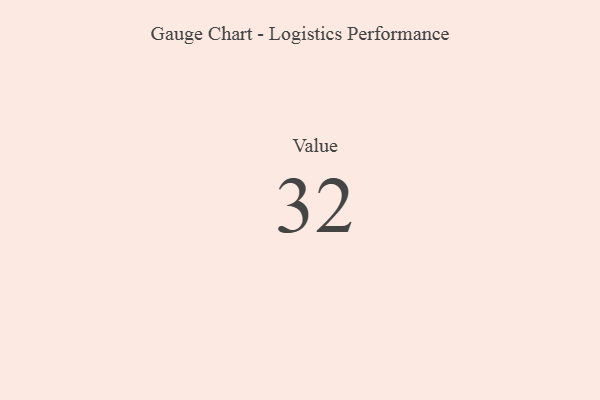
{"axis": {"x": "Metric", "y": "Value"}, "legend": [""], "data": [{"x": "Value", "y": 32, "type": ""}]}